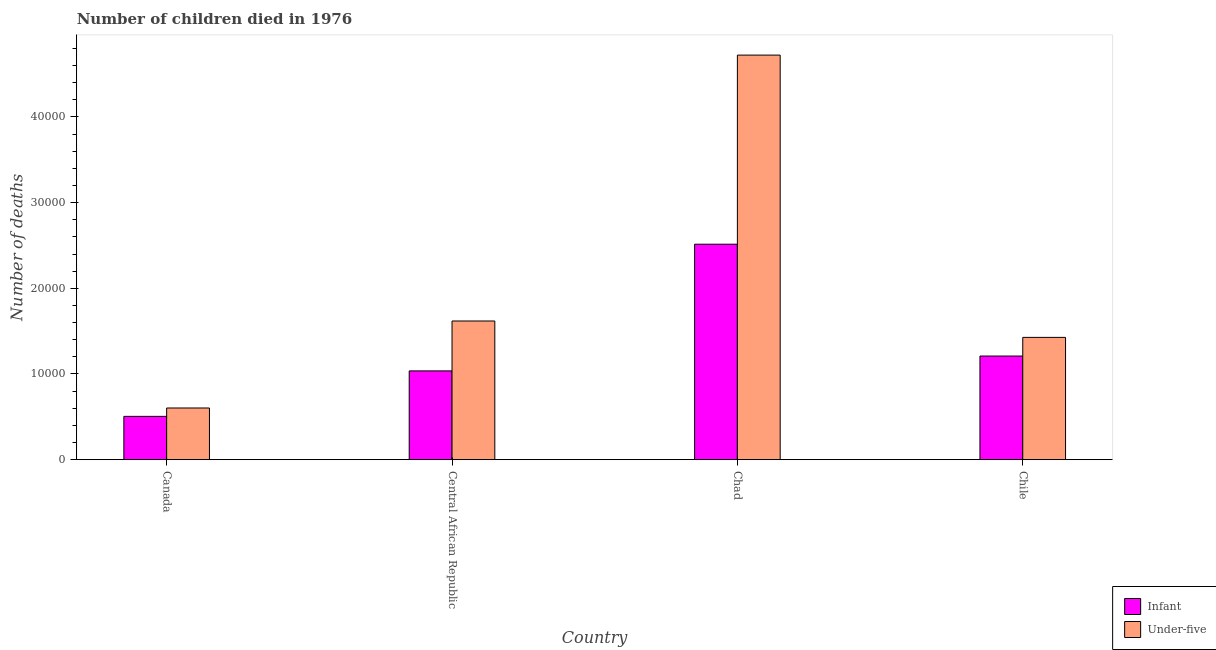
| Country | Infant | Under-five |
 | --- | --- | --- |
 | Canada | 5.06e+03 | 6.03e+03 |
 | Central African Republic | 1.04e+04 | 1.62e+04 |
 | Chad | 2.51e+04 | 4.72e+04 |
 | Chile | 1.21e+04 | 1.43e+04 |